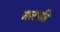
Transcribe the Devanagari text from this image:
जलपति